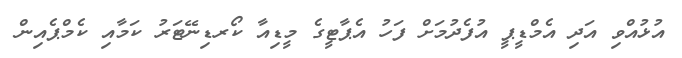
އުޅުއްވި އަދި އެމްޑީޕީ އުފެދުމަށް ފަހު އެޕާޓީގެ މީޑިއާ ކޯރޑިނޭޓަރު ކަމާއި ކެމްޕެއިން